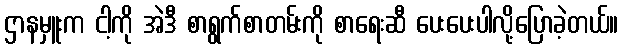
ဌာနမှူးက ငါ့ကို အဲဒီ စာရွက်စာတမ်းကို စာရေးဆီ ပေးပေးပါလို့ပြောခဲ့တယ်။